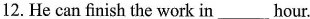
12. He can finish the work in__hour.